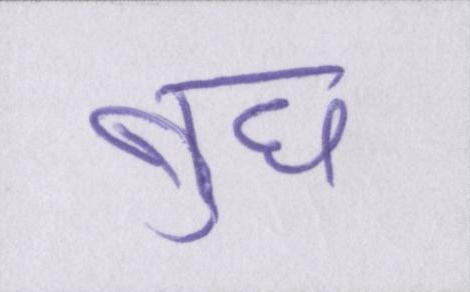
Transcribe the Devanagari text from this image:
बुध